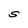
Character: S